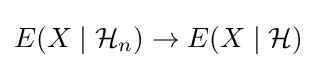
E(X\mid {\mathcal {H}}_{n})\to E(X\mid {\mathcal {H}})